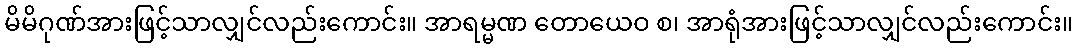
မိမိဂုဏ်အားဖြင့်သာလျှင်လည်းကောင်း။ အာရမ္မဏ တောယေဝ စ၊ အာရုံအားဖြင့်သာလျှင်လည်းကောင်း။